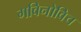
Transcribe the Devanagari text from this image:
गविनोविच